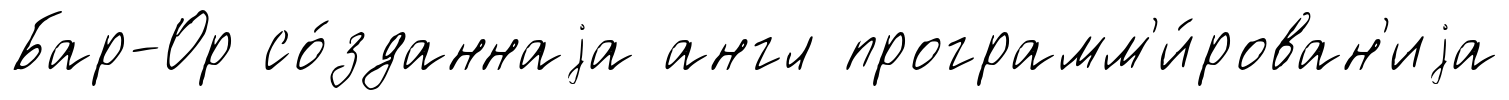
Бар-Ор со́зданнаjа англ программ'и́рован'иjа